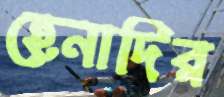
হেনাদির